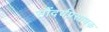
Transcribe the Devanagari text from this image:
सौंदर्यप्रसाधक